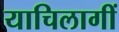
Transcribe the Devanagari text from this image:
याचिलागीं